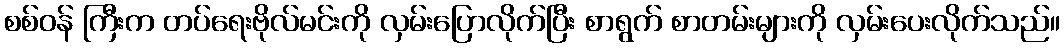
စစ်ဝန် ကြီးက တပ်ရေးဗိုလ်မင်းကို လှမ်းပြောလိုက်ပြီး စာရွက် စာတမ်းများကို လှမ်းပေးလိုက်သည်။